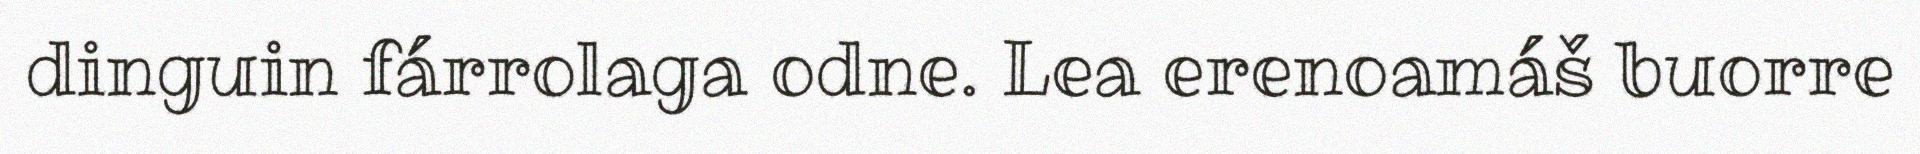
dinguin fárrolaga odne. Lea erenoamáš buorre